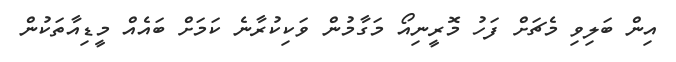
އިން ބަލިވި މެޗަށް ފަހު މޮރީނިއޯ މަގާމުން ވަކިކުރާނެ ކަމަށް ބައެއް މީޑިއާތަކުން